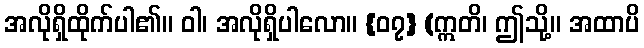
အလိုရှိထိုက်ပါ၏။ ဝါ၊ အလိုရှိပါလော။ {၀၇} (ဣတိ၊ ဤသို့။ အထာပိ